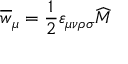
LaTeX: \overline { { { w } } } _ { \mu } = \frac 1 2 \varepsilon _ { \mu \nu \rho \sigma } \widehat { M }